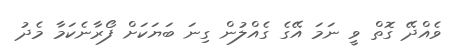
ވެއްދޭ ގޮތް ވީ ނަމަ އޭގެ ގެއްލުން ގިނަ ބަޔަކަށް ފޯރާނެކަމާ މެދު